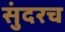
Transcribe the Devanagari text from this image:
सुंदरच